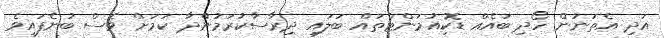
އަދި އެތަނުން ހޯދި ބައެއް ޑޮކިއުމަންޓްތައް ބަލައި ދިރާސާކުރަމުންދާ ކަމަށް ވެސް ބުނެފައިވެ